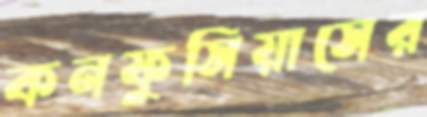
কনফুসিয়াসের